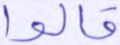
قالوا